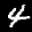
Label: 4